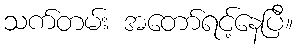
သက်တမ်း အတော်ရင့်နေပြီ။